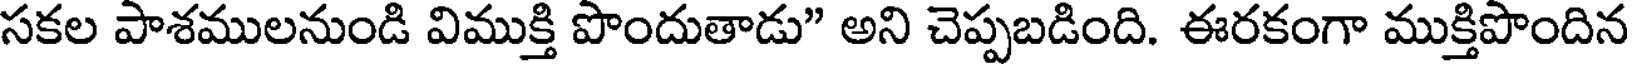
సకల పాశములనుండి విముక్తి పొందుతాడు" అని చెప్పబడింది. ఈరకంగా ముక్తిపొందిన